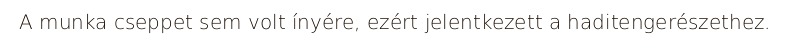
A munka cseppet sem volt ínyére, ezért jelentkezett a haditengerészethez.